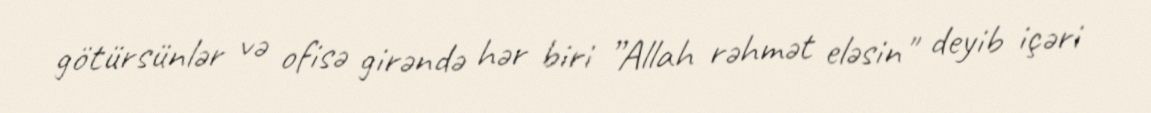
götürsünlər və ofisə girəndə hər biri ”Allah rəhmət eləsin" deyib içəri